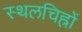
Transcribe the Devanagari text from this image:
स्थलचिह्रों